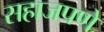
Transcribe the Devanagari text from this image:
सहाजपणे